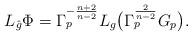
LaTeX: \begin{align*} L_{\hat{g}} \Phi = \Gamma_p^{-\frac{n+2}{n-2}} L_g \big( \Gamma_p^{\frac{2}{n-2}} G_p \big).\end{align*}